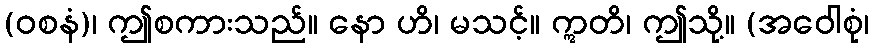
(ဝစနံ)၊ ဤစကားသည်။ နော ဟိ၊ မသင့်။ ဣတိ၊ ဤသို့။ (အဝေါစုံ၊